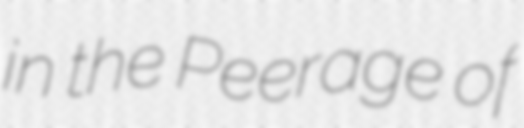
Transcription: in the Peerage of